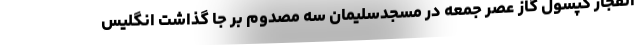
انفجار کپسول گاز عصر جمعه در مسجدسلیمان سه مصدوم بر جا گذاشت انگلیس